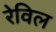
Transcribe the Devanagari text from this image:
रेविल